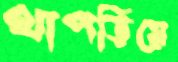
থাপড়িয়ে